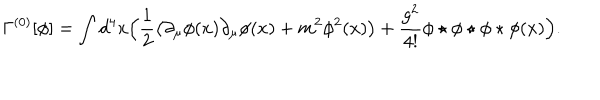
LaTeX: \Gamma ^ { ( 0 ) } [ \phi ] = \int d ^ { 4 } x \Big ( \frac 1 2 \big ( \partial _ { \mu } \phi ( x ) \partial _ { \mu } \phi ( x ) + m ^ { 2 } \phi ^ { 2 } ( x ) \big ) + \frac { g ^ { 2 } } { 4 ! } \phi \star \phi \star \phi \star \phi ( x ) \Big ) .